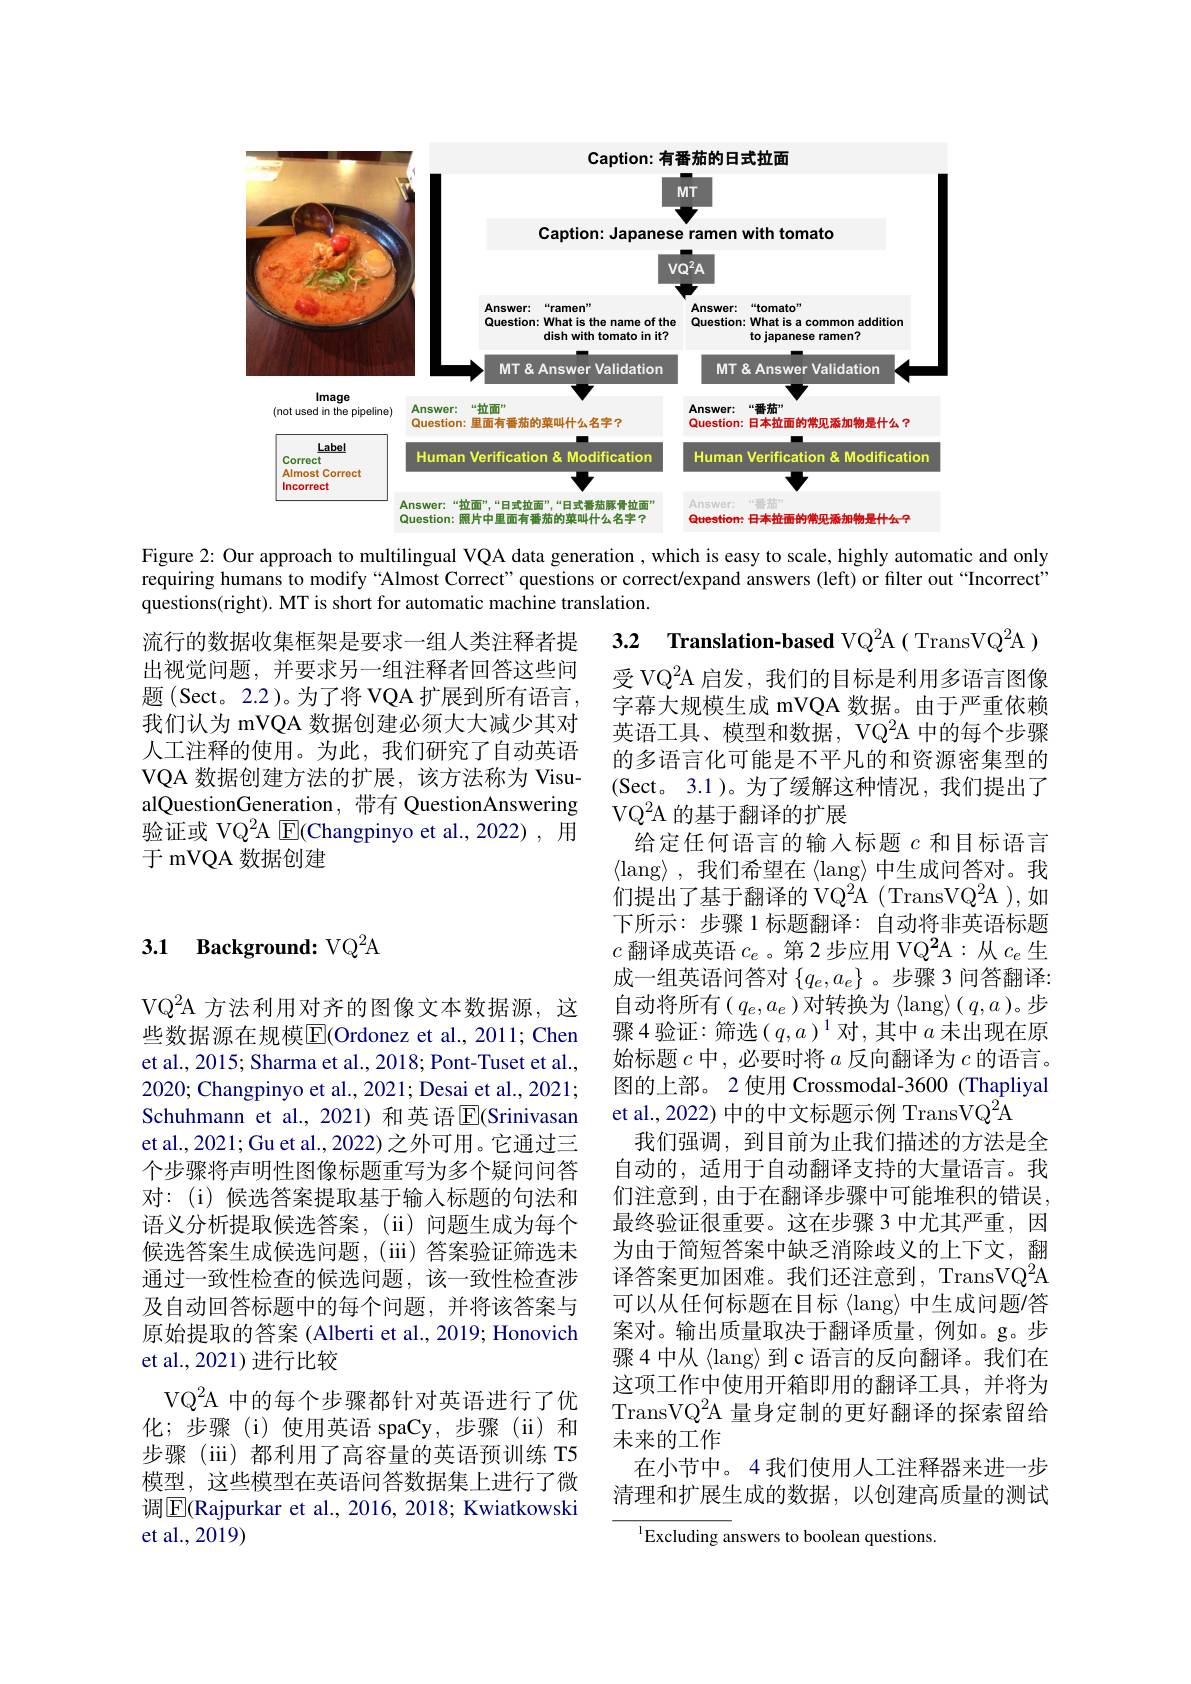
<FigureHere>

Figure 2: Our approach to multilingual VQA data generation , which is easy to scale, highly automatic and only requiring humans to modify“Almost Correct”questions or correct$l$expand answers (left) or filter out "Incorrect' questions(right). MT is short for automatic machine translation.

流行的数据收集框架是要求一组人类注释者提出视觉问题，并要求另一组注释者回答这些问题(Sect。2.2)。为了将 VQA 扩展到所有语言， 我们认为 mVQA 数据创建必须大大减少其对人工注释的使用。为此，我们研究了自动英语VQA 数据创建方法的扩展，该方法称为 VisualQuestionGeneration ,带有 QuestionAnswering 验证或 VQ$^{2}$A $\boxed{\mathrm{E}}($Changpinyo et al.,2022), 用于 mVQA 数据创建

## 3.1 Background: VQ$^2$A

3.2 Translation-based VQ$^2$A( TransVQ$^2$A) 受 VQ$^{2}$A 启发，我们的目标是利用多语言图像字幕大规模生成 mVQA 数据。由于严重依赖英语工具、模型和数据，VQ^2A 中的每个步骤的多语言化可能是不平凡的和资源密集型的(Sect。3.1)。为了缓解这种情况，我们提出了VQ$^{2}$A 的基于翻译的扩展
给定任何语言的输入标题$c$和目标语言$\langle$lang$\rangle$,我们希望在$\left\langle\mathrm{lang}\right\rangle$中生成问答对。我们提出了基于翻译的 VQ^2A ( TransVQ^2A ), 如下所示：步骤 1 标题翻译：自动将非英语标题$c$翻译成英语$c_e$ 。第 2 步应用 VQ$^2$A:从$c_e$生成一组英语问答对$\{q_e,a_e\}$ 。步骤 3 问答翻译： 自动将所有( $q_e,a_e$ )对转换为$\langle$lang$\rangle(q,a$ )。步骤4验证：筛选$(q,a)^1$对，其中$a$未出现在原始标题$c$中，必要时将$a$反向翻译为$c$的语言。图的上部。2 使用 Crossmodal-3600 (Thapliyal et al., 2022) 中的中文标题示例 TransVQ$^{2}$A
我们强调，到目前为止我们描述的方法是全自动的，适用于自动翻译支持的大量语言。我们注意到，由于在翻译步骤中可能堆积的错误， 最终验证很重要。这在步骤 3 中尤其严重，因为由于简短答案中缺乏消除歧义的上下文，翻译答案更加困难。我们还注意到，TransVQ$^{2}$A 可以从任何标题在目标《lang》中生成问题/答案对。输出质量取决于翻译质量，例如。g。步骤4中从〈lang〉到c语言的反向翻译。我们在这项工作中使用开箱即用的翻译工具，并将为TransVQ$^{2}$A 量身定制的更好翻译的探索留给未来的工作
在小节中。4 我们使用人工注释器来进一步清理和扩展生成的数据，以创建高质量的测试
$^{1}$Excluding answers to boolean questions.

$VQ^{2}A 方法利用对齐的图像文本数据源，这$ 些数据源在规模$\overline{\mathrm{E}}($Ordonez et al., 2011; Chen et al., 2015; Sharma et al., 2018; Pont-Tuset et al., 2020; Changpinyo et al., 2021; Desai et al., 2021; Schuhmann et al.,2021) 和英语$\overline{\mathrm{E}}($Srinivasan et al., 2021; Gu et al., 2022) 之外可用。它通过三个步骤将声明性图像标题重写为多个疑问问答对：(i)候选答案提取基于输入标题的句法和语义分析提取候选答案，(ii)问题生成为每个候选答案生成候选问题，(iii)答案验证筛选未通过一致性检查的候选问题，该一致性检查涉及自动回答标题中的每个问题，并将该答案与原始提取的答案 (Alberti et al., 2019; Honovich et al., 2021) 进行比较
VQ$^{2}$A 中的每个步骤都针对英语进行了优化；步骤(i)使用英语 spaCy,步骤(ii)和步骤(iii)都利用了高容量的英语预训练 T5模型，这些模型在英语问答数据集上进行了微调$\boxed{\mathrm{E}}$(Rajpurkar et al., 2016, 2018; Kwiatkowski et al.,2019)